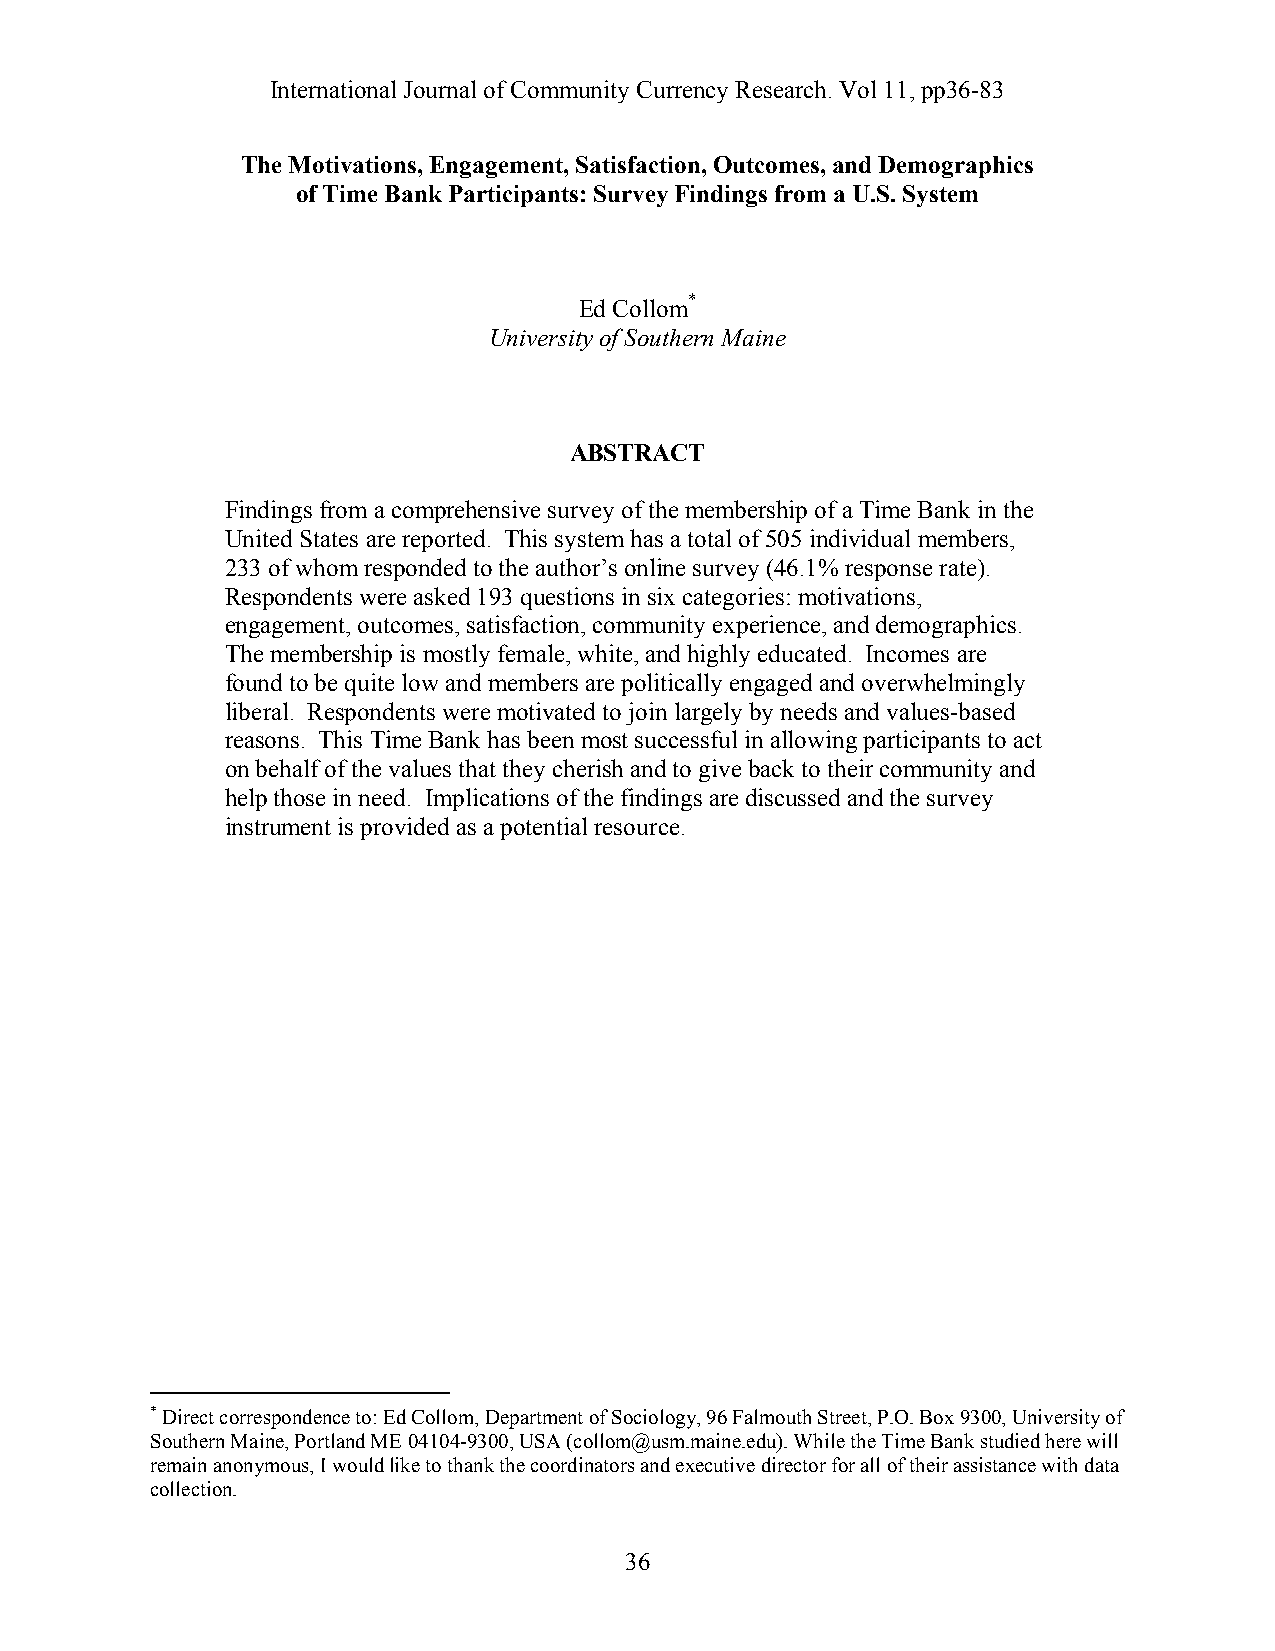
International Journal of Community Currency Research. Vol 11, pp36-83
 The Motivations, Engagement, Satisfaction, Outcomes, and Demographics
 of Time Bank Participants: Survey Findings from a U.S. System
 Ed Collom*
 University of Southern Maine
 ABSTRACT
 Findings from a comprehensive survey of the membership of a Time Bank in the
 United States are reported. This system has a total of 505 individual members,
 233 of whom responded to the author’s online survey (46.1% response rate).
 Respondents were asked 193 questions in six categories: motivations,
 engagement, outcomes, satisfaction, community experience, and demographics.
 The membership is mostly female, white, and highly educated. Incomes are
 found to be quite low and members are politically engaged and overwhelmingly
 liberal. Respondents were motivated to join largely by needs and values-based
 reasons. This Time Bank has been most successful in allowing participants to act
 on behalf of the values that they cherish and to give back to their community and
 help those in need. Implications of the findings are discussed and the survey
 instrument is provided as a potential resource.
 * Direct correspondence to: Ed Collom, Department of Sociology, 96 Falmouth Street, P.O. Box 9300, University of
 Southern Maine, Portland ME 04104-9300, USA (collom@usm.maine.edu). While the Time Bank studied here will
 remain anonymous, I would like to thank the coordinators and executive director for all of their assistance with data
 collection.
 36